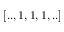
[ . . , 1 , 1 , 1 , . . ]